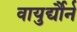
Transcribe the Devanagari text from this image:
वायुर्द्यौर्न